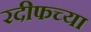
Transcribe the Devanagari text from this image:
रदीफच्या